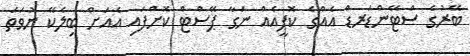
ބޭރުގެ ސްޓޭންޑަރޑް އެއްގެ ކޮޕީއެއް ނަގާ ޕޭސްޓް ކޮށްފައި އެއަށް ބިލެކޭ ނުވަތަ